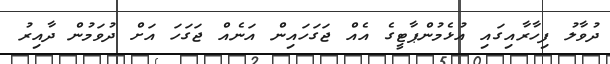
ދުވާލު ފިހާރާއިގައި އުޅެމުންޕާޓީގެ އެއް ޖަގަހައިން އަނެއް ޖަގަހަ އަށް ދުވަމުން ދާއިރު